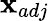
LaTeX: \textbf{x}_{adj}